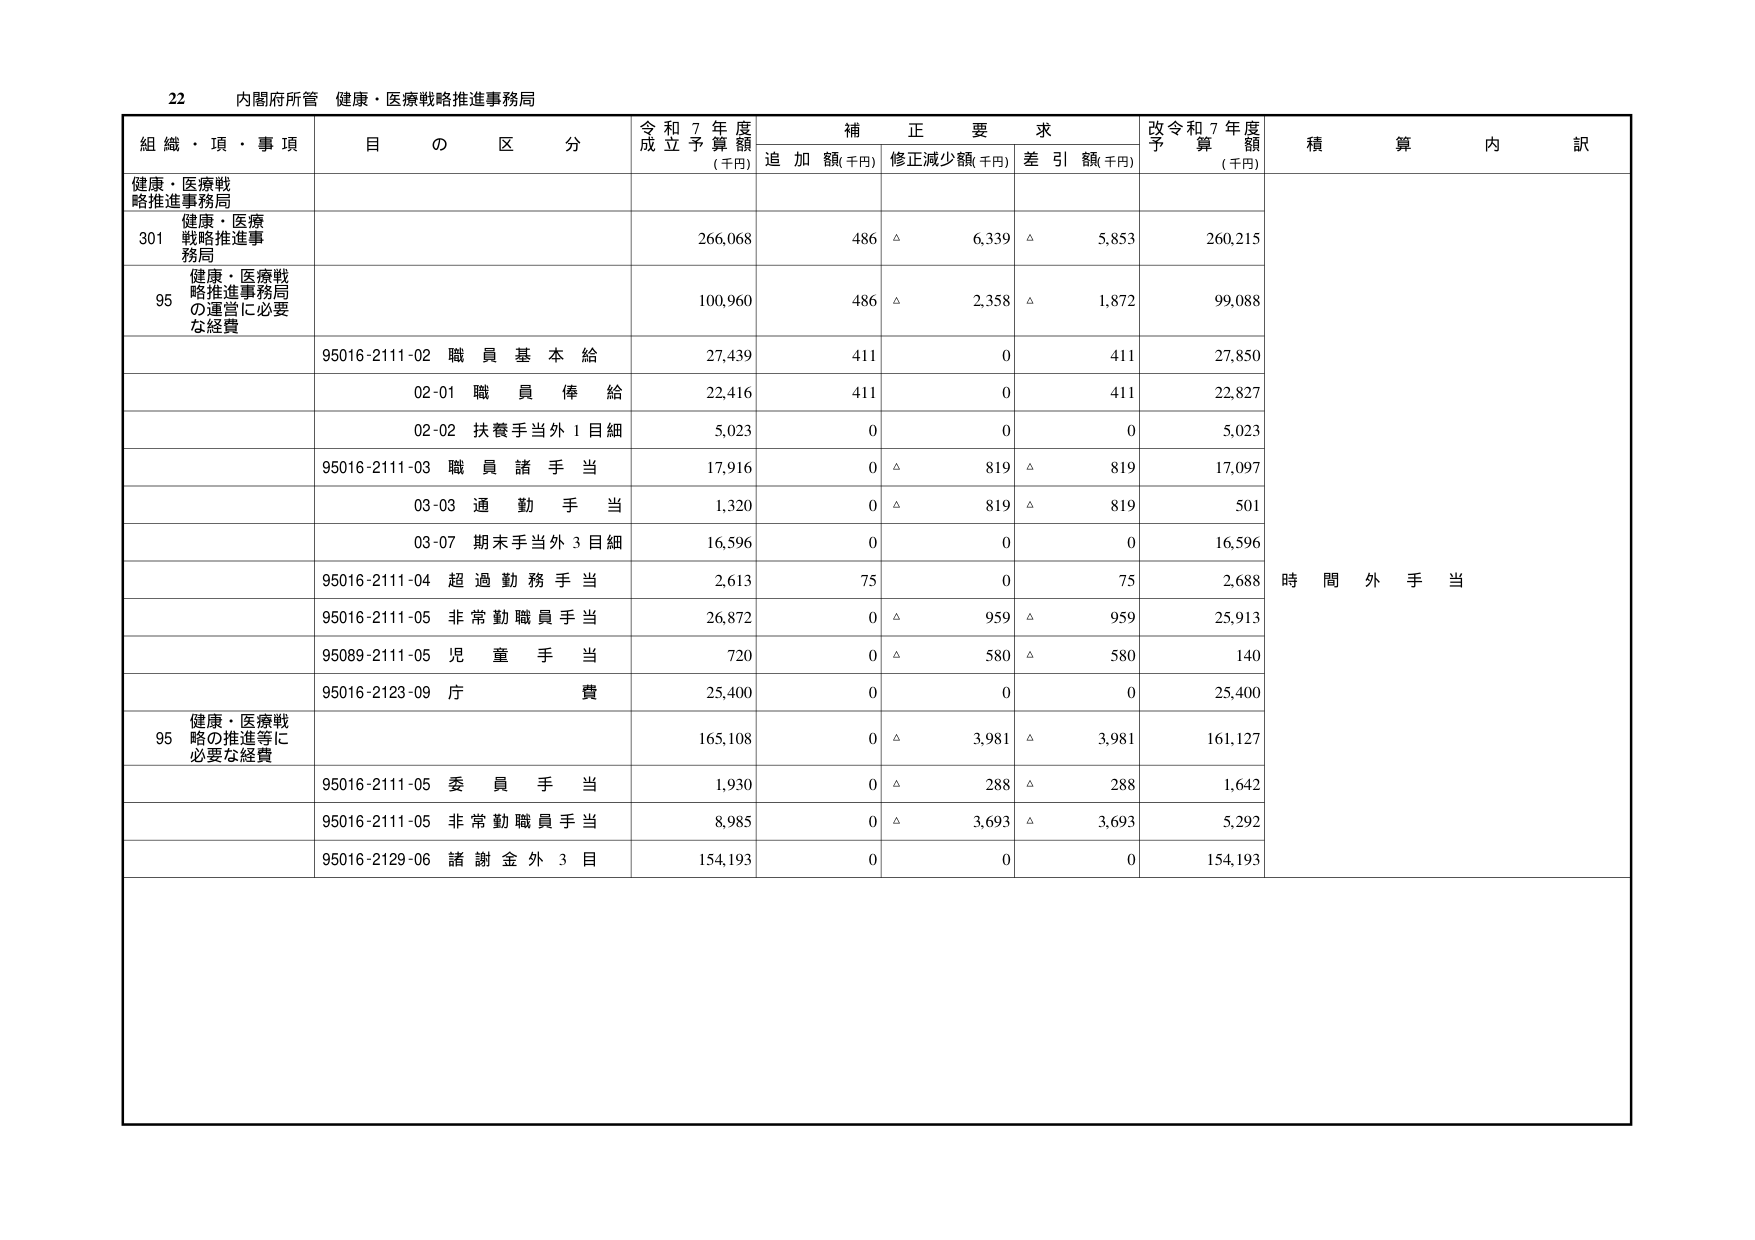
22 内閣府所管 健康・医療戦略推進事務局

組織・項・事項 目の区分 令和7年度成立予算額 (千円) 補正要求 追加額(千円) 修正減少額(千円) 差引額(千円) 改令和7年度予算額 (千円) 積算内訳

健康・医療戦略推進事務局

301 健康・医療戦略推進事務局 266,068 486 △ 6,339 △ 5,853 260,215

95 健康・医療戦略推進事務局の運営に必要な経費 100,960 486 △ 2,358 △ 1,872 99,088

95016-2111-02 職員基本給 27,439 411 0 411 27,850

02-01 職員俸給 22,416 411 0 411 22,827

02-02 扶養手当外1目細 5,023 0 0 0 5,023

95016-2111-03 職員諸手当 17,916 0 △ 819 △ 819 17,097

03-03 通勤手当 1,320 0 △ 819 △ 819 501

03-07 期末手当外3目細 16,596 0 0 0 16,596

95016-2111-04 超過勤務手当 2,613 75 0 75 2,688

95016-2111-05 非常勤職員手当 26,872 0 △ 959 △ 959 25,913

95089-2111-05 児童手当 720 0 △ 580 △ 580 140

95016-2123-09 庁費 25,400 0 0 0 25,400

95 健康・医療戦略の推進等に必要な経費 165,108 0 △ 3,981 △ 3,981 161,127

95016-2111-05 委員手当 1,930 0 △ 288 △ 288 1,642

95016-2111-05 非常勤職員手当 8,985 0 △ 3,693 △ 3,693 5,292

95016-2129-06 諸謝金外3目 154,193 0 0 0 154,193

時間外手当